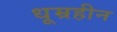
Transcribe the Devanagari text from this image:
धूम्रहीन